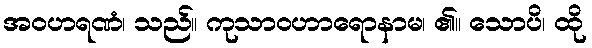
အဝဟရဏံ၊ သည်။ ကုသာဝဟာရောနာမ၊ ၏။ သောပိ၊ ထို